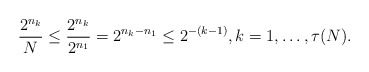
\begin{align*}\frac{2^{n_{k}}}{N}\leq \frac{2^{n_{k}}}{2^{n_{1}}}=2^{n_{k}-n_{1}}\leq 2^{-(k-1)},k=1,\ldots,\tau(N).\end{align*}